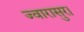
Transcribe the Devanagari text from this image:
ज्वारासुर।